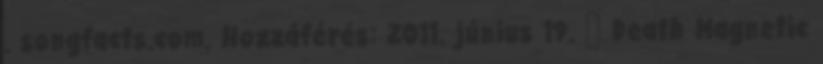
. songfacts.com. Hozzáférés: 2011. június 19. ↑ Death Magnetic